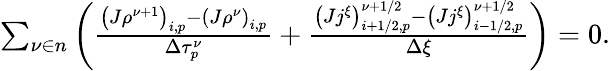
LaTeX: \begin{array}{r}{\sum_{\nu\in n}\left(\frac{\left(J\rho^{\nu+1}\right)_{i,p}-\left(J\rho^{\nu}\right)_{i,p}}{\Delta\tau_{p}^{\nu}}+\frac{\left(Jj^{\xi}\right)_{i+1/2,p}^{\nu+1/2}-\left(Jj^{\xi}\right)_{i-1/2,p}^{\nu+1/2}}{\Delta\xi}\right)=0.}\end{array}